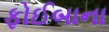
ફોઈબાના